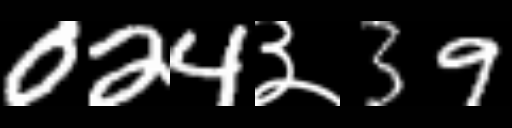
Text: 024३39